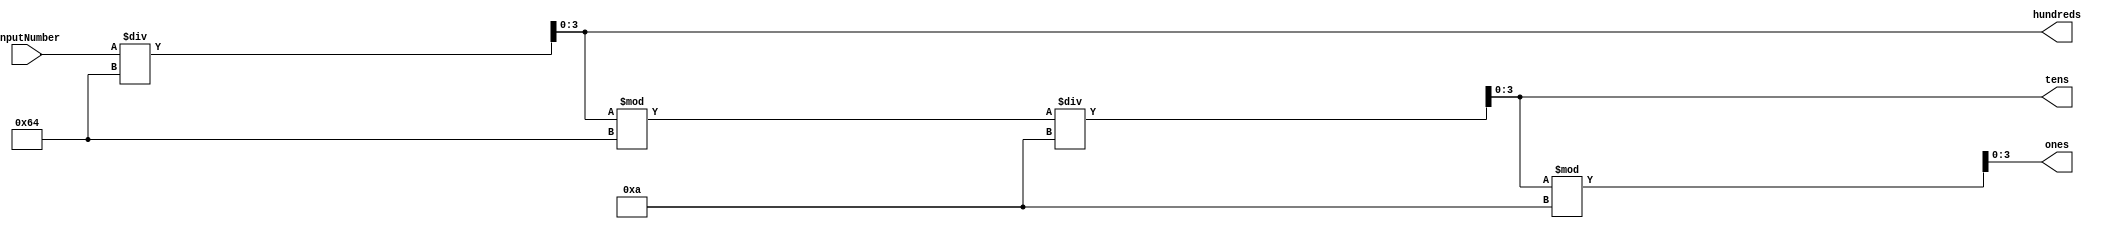
`timescale 1ns / 1ps
//////////////////////////////////////////////////////////////////////////////////
// Company: 
// Engineer: 
// 
// Design Name: 
// Module Name:     7BitBinaryTo3DigitBCD
// Project Name: 
// Target Devices: 
// Tool versions: 
// Description: 
//
// Dependencies: 
//
// Revision: 
// Revision 0.01 - File Created
// Additional Comments: 
//
//////////////////////////////////////////////////////////////////////////////////
module SevenBitBinaryTo3DigitBCD(
    input [7:0] inputNumber,
    output reg [3:0] hundreds,
    output reg [3:0] tens,
    output reg [3:0] ones
    );

    /*
    The following procedural block will evaulate the math to determine the BCD format whenever the inputNumber is changed.
    */ 
    always@(inputNumber)
    begin
        hundreds = inputNumber/100;
        tens = (hundreds % 100) / 10;
        ones = (tens % 10);
    end
    

endmodule